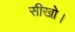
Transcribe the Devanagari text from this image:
सीखो।